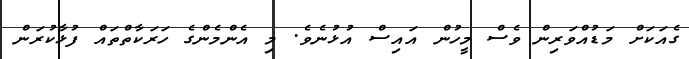
ގެއަކަށް މަޑުއްވަރިން ވެސް މީހުން އައިސް އުޅުނެވެ. މި އެންމެންގެ ހަަރަކާތްތައް ފުޅާކުރަން